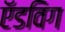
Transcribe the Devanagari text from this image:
ऍडविग